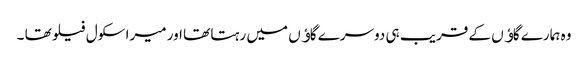
وہ ہمارے گاﺅں کے قریب ہی دوسرے گاﺅں میں رہتا تھا اور میرا سکول فیلو تھا ۔